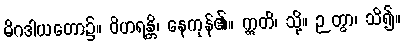
မိဂဒါယတော၌။ ဝိဟရန္တိ၊ နေကုန်၏။ ဣတိ၊ သို့။ ဉတွာ၊ သိ၍။